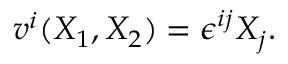
v ^ { i } ( X _ { 1 } , X _ { 2 } ) = \epsilon ^ { i j } X _ { j } .